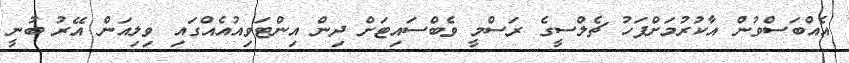
އެއްބަސްވުން އާކުރުމަށްފަހު ޗެލްސީގެ ރަސްމީ ވެބްސައިޓަށް ދިން އިންޓަވިއުއެއްގައި ވިލިއަން އޭރު ބުނީ